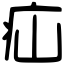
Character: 疝